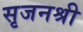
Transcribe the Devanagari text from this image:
सृजनश्री